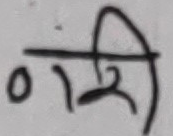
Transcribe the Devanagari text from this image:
०२ गरि